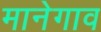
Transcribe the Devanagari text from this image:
मानेगाव